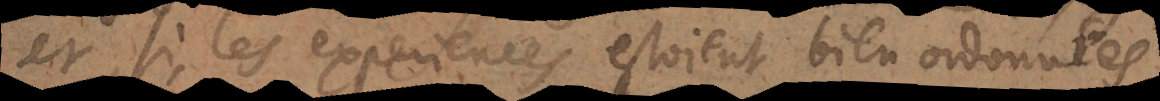
et si les experiences estoient bien ordonnées